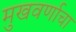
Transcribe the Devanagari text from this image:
मुखवर्णाचा